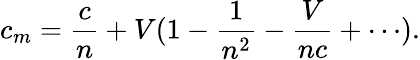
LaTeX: c_{m}={\frac{c}{n}}+V(1-{\frac{1}{n^{2}}}-{\frac{V}{nc}}+\cdots).